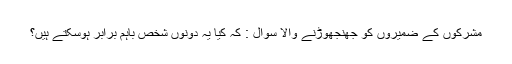
مشرکوں کے ضمیروں کو جھنجھوڑنے والا سوال : کہ کیا یہ دونوں شخص باہم برابر ہوسکتے ہیں؟